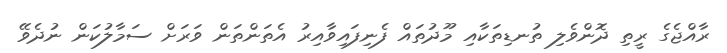
ރާއްޖެގެ ރީތި ދޮންވެލި ތުނޑިތަކާއި މޫދުތައް ފެނިފައިވާއިރު އެތަންތަން ވަރަށް ސަމާލުކަން ނުދެވޭ